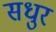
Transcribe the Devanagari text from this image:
सधुर